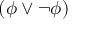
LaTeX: ( \phi \lor \neg \phi )